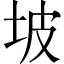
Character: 坡